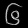
Digit: ၆